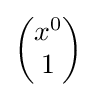
{\begin{pmatrix}x^{0}\\1\end{pmatrix}}